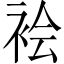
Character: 𫋻